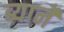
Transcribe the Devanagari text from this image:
ब्यार्ने